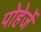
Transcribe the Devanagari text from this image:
पोहेर्जे